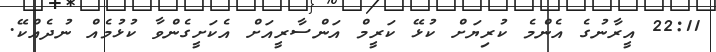
22:11 އީރާނުގެ އެންމެ ކުރިޔަށް ކުޅޭ ކަރީމް އަންސާރީއަށް އެކަށީގެންވާ ކުޅުމެއް ނުދެއްކޭ.